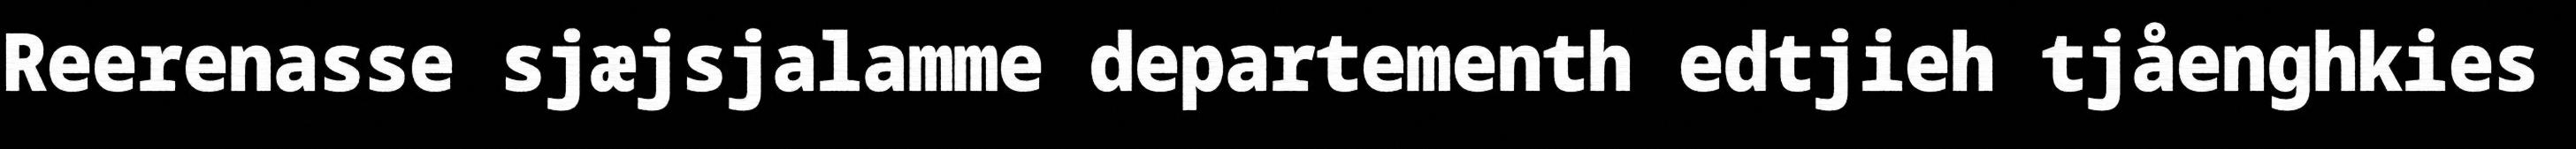
Reerenasse sjæjsjalamme departementh edtjieh tjåenghkies